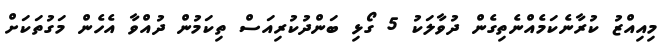
މިއިއްޒު ކުރާނެކަމެއްނެތިގެން ދުވާލަކު 5 ގޯޅި ބަންދުކުރިއަސް ތިކަމުން ދުއްވާ އެހެން މަގުތަކަށް